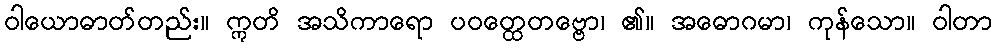
ဝါယောဓာတ်တည်း။ ဣတိ အသိကာရော ပဝတ္ထေတဗ္ဗော၊ ၏။ အဓောဂမာ၊ ကုန်သော။ ဝါတာ